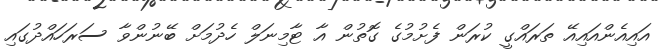
އައިއެންއައިއޭ ތަރައްގީ ކުރަން ފެށުމުގެ ގޮތުން އާ ޓާމިނަލް ހެދުމަށް ބޭނުންވާ ސަރަހައްދުގައި